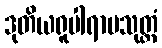
ဒုတိယရူပါရာမသုတ္တံ